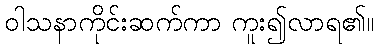
ဝါသနာကိုင်းဆက်ကာ ကူး၍လာရ၏။